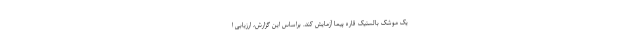
یک موشک بالستیک قاره پیما آزمایش کند. براساس این گزارش، ارزیابی ا